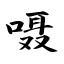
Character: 嗫